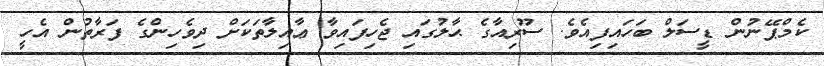
ކެމްޕޭނުން ޑީސަލް ބަހައިފިއެވެ. ސޫރިއާގެ ޙާލުގައި ޖެހިފައިވާ ޢާއިލާތަކަށް ދިވެހިންގެ ފަރާތުން އެހީ